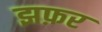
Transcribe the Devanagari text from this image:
झफ़र